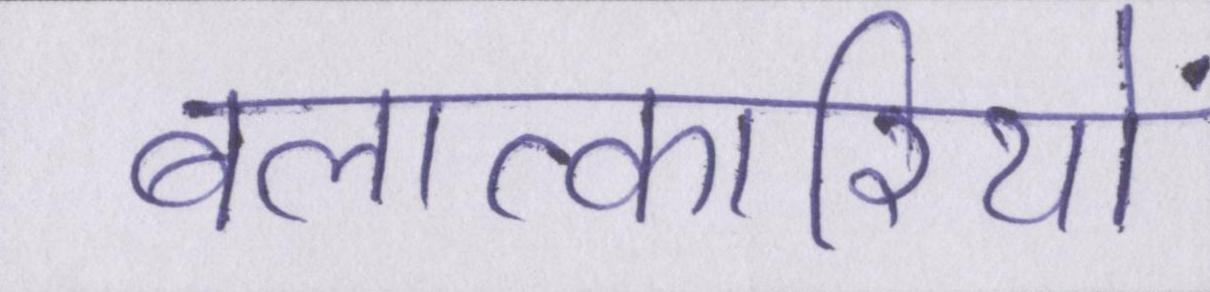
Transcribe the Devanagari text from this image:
बलात्कारियों